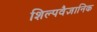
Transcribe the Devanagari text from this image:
शिल्पवैज्ञानिक